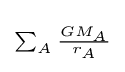
\scriptstyle \sum _{A}{\frac {GM_{A}}{r_{A}}}